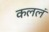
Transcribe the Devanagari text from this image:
कललं